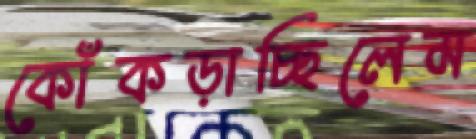
কোঁকড়াচ্ছিলেম